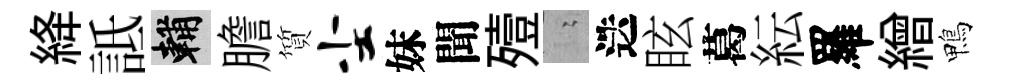
絳詆輔膽質尘妹聞殪隐迭眩葛紜羅繒鴨